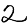
Digit: 2